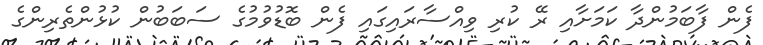
ފެން ފާބަމުންދާ ކަމަށާއި ރޭ ކުރި ވިއްސާރައިގައި ފެން ބޮޑުވުމުގެ ސަބަބުން ކުޅުންތެރިންގެ